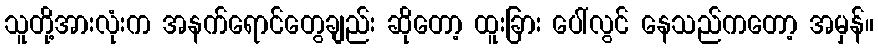
သူတို့အားလုံးက အနက်ရောင်တွေချည်း ဆိုတော့ ထူးခြား ပေါ်လွင် နေသည်ကတော့ အမှန်။